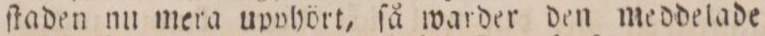
ſtaden nu mera upphört, ſå warder den meddelade